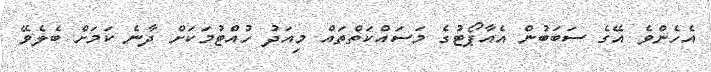
އެހެންވެ އޭގެ ސަބަބުން އެއާޕޯޓުގެ މަސައްކަތްތައް މިއަދު ހުއްޓުމަކަށް ދާނެ ކަމަށް ބެލެވޭ